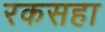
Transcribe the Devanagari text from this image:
रकसहा